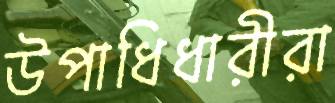
উপাধিধারীরা